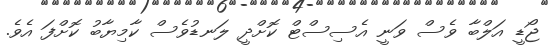
ޖޯޑީ އަލްބާ ވެސް ވަނީ އެސިސްޓް ކޮށްދީ ލަނޑުވެސް ކާމިޔާބު ކޮށްފަ އެވެ.